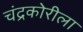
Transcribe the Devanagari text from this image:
चंद्रकोरीला